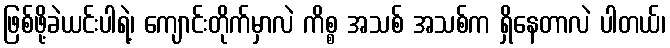
ဖြစ်ဖို့ခဲယင်းပါရဲ့၊ ကျောင်းတိုက်မှာလဲ ကိစ္စ အသစ် အသစ်က ရှိနေတာလဲ ပါတယ်၊